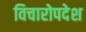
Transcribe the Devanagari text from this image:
विचारोपदेश